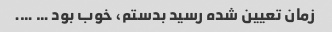
زمان تعیین شده رسید بدستم، خوب بود … ….